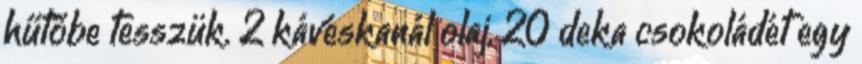
hűtőbe tesszük. 2 kávéskanál olaj, 20 deka csokoládét egy